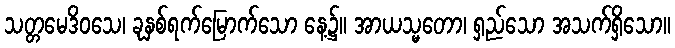
သတ္တမေဒိဝသေ၊ ခုနှစ်ရက်မြောက်သော နေ့၌။ အာယသ္မတော၊ ရှည်သော အသက်ရှိသော။